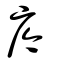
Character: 庈